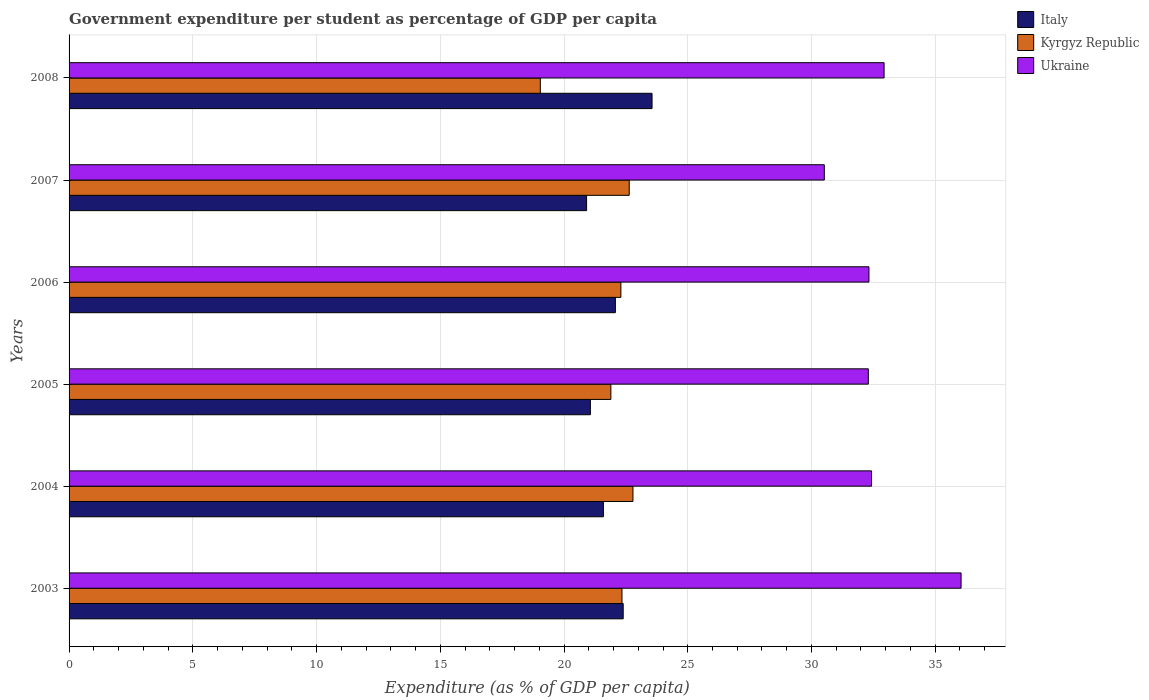
| Years | Italy | Kyrgyz Republic | Ukraine |
 | --- | --- | --- | --- |
 | 2003 | 22.4 | 22.3 | 36 |
 | 2004 | 21.6 | 22.8 | 32.4 |
 | 2005 | 21.1 | 21.9 | 32.3 |
 | 2006 | 22.1 | 22.3 | 32.3 |
 | 2007 | 20.9 | 22.6 | 30.5 |
 | 2008 | 23.6 | 19 | 32.9 |